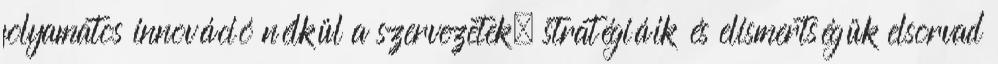
folyamatos innováció nélkül a szervezetek, stratégiáik és elismertségük elsorvad